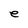
Character: e